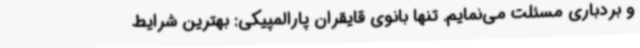
و بردباری مسئلت می‌نمایم. تنها بانوی قایقران پارالمپیکی: بهترین شرایط